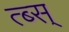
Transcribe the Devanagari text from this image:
त्ब्स्